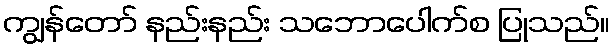
ကျွန်တော် နည်းနည်း သဘောပေါက်စ ပြုသည်။